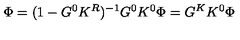
\Phi = ( 1 - G ^ { 0 } K ^ { R } ) ^ { - 1 } G ^ { 0 } K ^ { 0 } \Phi = G ^ { K } K ^ { 0 } \Phi